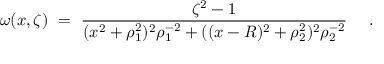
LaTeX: \omega ( x , \zeta ) ~ = ~ { \frac { \zeta ^ { 2 } - 1 } { ( x ^ { 2 } + \rho _ { 1 } ^ { 2 } ) ^ { 2 } \rho _ { 1 } ^ { - 2 } + ( ( x - R ) ^ { 2 } + \rho _ { 2 } ^ { 2 } ) ^ { 2 } \rho _ { 2 } ^ { - 2 } } } ~ ~ ~ ~ .